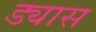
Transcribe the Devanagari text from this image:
ड्यास